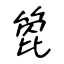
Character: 箆